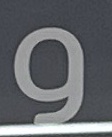
و